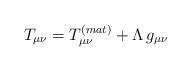
LaTeX: \begin{align*}T_{\mu\nu}=T_{\mu\nu}^{(mat)}+\Lambda\,g_{\mu\nu}\end{align*}